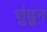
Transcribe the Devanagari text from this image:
धुंडून